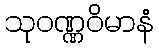
သုဝဏ္ဏဝိမာနံ